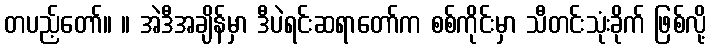
တပည့်တော်။ ။ အဲဒီအချိန်မှာ ဒီပဲရင်းဆရာတော်က စစ်ကိုင်းမှာ သီတင်းသုံးခိုက် ဖြစ်လို့